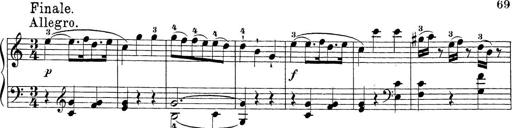
Title: Sonatina Album
Composer: Louis KÃ¶hler